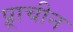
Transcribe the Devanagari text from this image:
प्र्राचीन